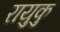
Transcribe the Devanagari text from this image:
रायुकु